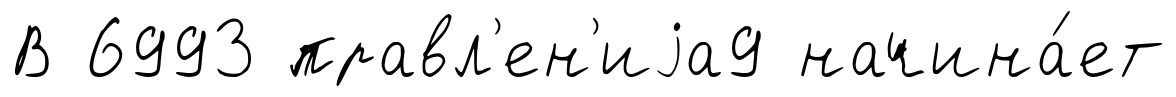
В 6993 правл'ен'иjа9 начина́ет